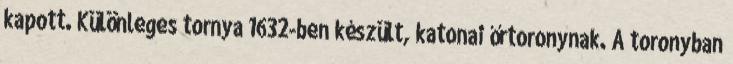
kapott. Különleges tornya 1632-ben készült, katonai őrtoronynak. A toronyban